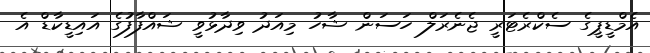
އެމްޑީޕީގެ ސެކްރެޓަރީ ޖެނެރަލް ހަސަން ޝާހު މިއަދު ވިދާޅުވީ ޝައްފާފުގެ އައިޑީކާޑް އެ